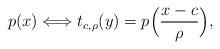
LaTeX: \begin{align*}p(x)\Longleftrightarrow t_{c,\rho}(y)=p\Big(\frac{x-c}{\rho}\Big),\end{align*}